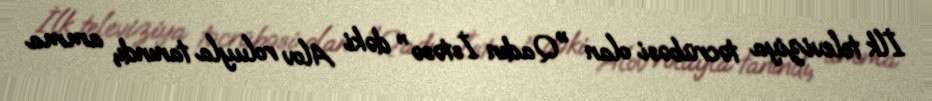
İlk televiziya təcrübəsi olan "Qadın İstəsə" dəki Alov roluyla tanındı, amma